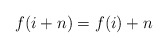
\begin{align*} f(i+n) = f(i)+n \end{align*}